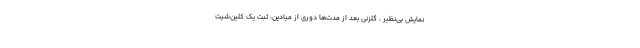
نمایش بی‌نظیر ، گلزنی بعد از مدت‌ها دوری از میادین، ثبت یک کلین‌شیت